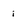
Character: i